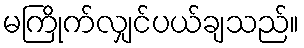
မကြိုက်လျှင်ပယ်ချသည်။